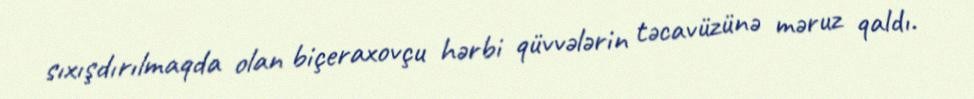
sıxışdırılmaqda olan biçeraxovçu hərbi qüvvələrin təcavüzünə məruz qaldı.